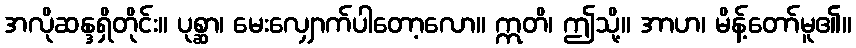
အလိုဆန္ဒရှိတိုင်း။ ပုစ္ဆာ၊ မေးလျှောက်ပါတော့လော။ ဣတိ၊ ဤသို့။ အာဟ၊ မိန့်တော်မူ၏။